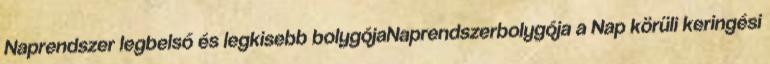
Naprendszer legbelső és legkisebb bolygójaNaprendszerbolygója a Nap körüli keringési